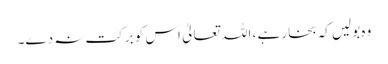
وہ بولیں کہ بخار ہے ، اللہ تعالیٰ اس کو برکت نہ دے۔